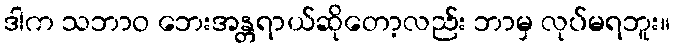
ဒါက သဘာဝ ဘေးအန္တရာယ်ဆိုတော့လည်း ဘာမှ လုပ်မရဘူး။